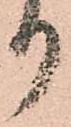
り